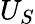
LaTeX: U_{S}